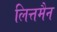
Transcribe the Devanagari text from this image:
लित्तमैन